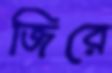
জিরে